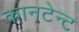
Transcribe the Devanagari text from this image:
कानटेन्‍ट